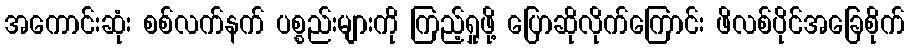
အကောင်းဆုံး စစ်လက်နက် ပစ္စည်းများကို ကြည့်ရှုဖို့ ပြောဆိုလိုက်ကြောင်း ဖိလစ်ပိုင်အခြေစိုက်